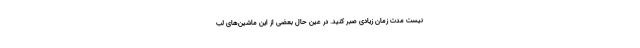
نیست مدت زمان زیادی صبر کنید. در عین حال بعضی از این ماشین‌های لب